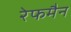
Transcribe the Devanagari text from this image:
रेफमैन